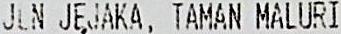
JLN JEJAKA, TAMAN MALURI